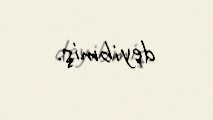
deyibmiş.